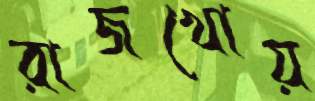
রাজখোয়